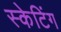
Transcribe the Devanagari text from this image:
स्‍केटिंग